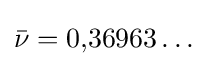
{\bar {\nu }}=0{,}36963\dots